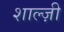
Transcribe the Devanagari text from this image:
शाल्ज़ी